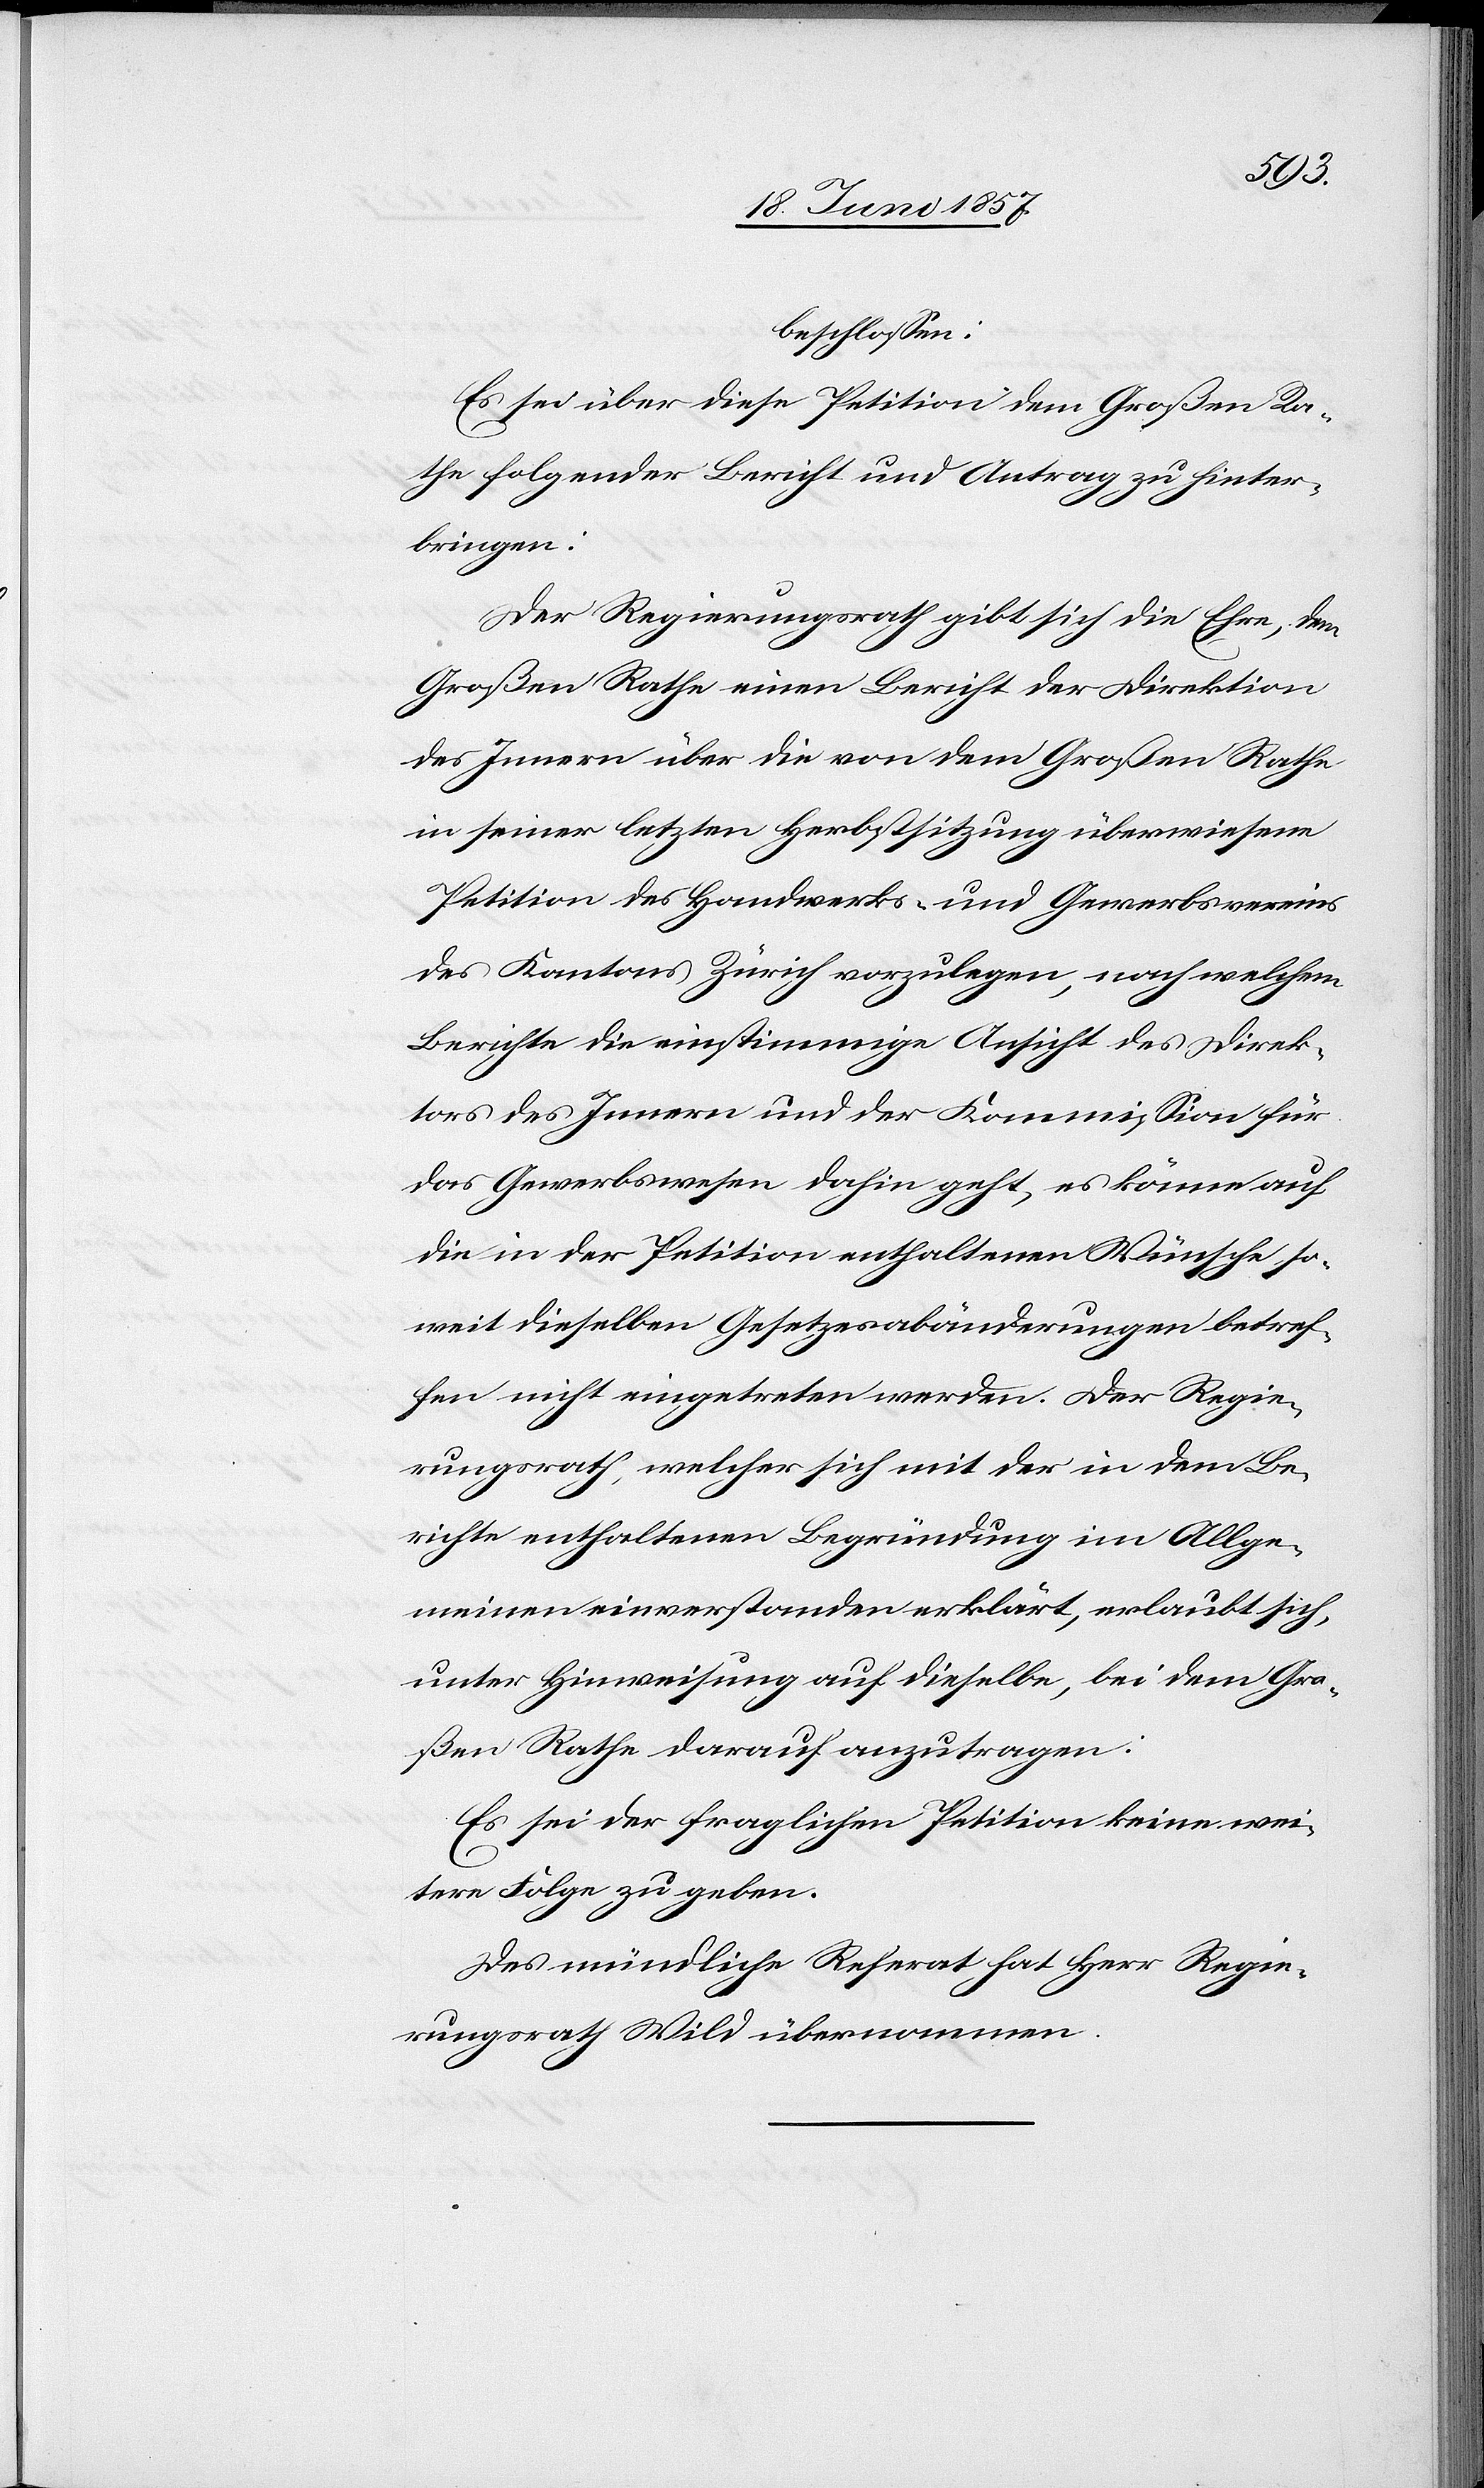
beschlossen:
Es sei über diese Petition dem Großen Ra¬
the folgender Bericht und Antrag zu hinter¬
bringen:
Der Regierungsrath gibt sich die Ehre, dem
Großen Rathe einen Bericht der Direktion
des Innern über die von dem Großen Rathe
in seiner letzten Herbstsitzung überwiesene
Petition des Handwerks- und Gewerbsvereins
des Kantons Zürich vorzulegen, nach welchem
Berichte die einstimmige Ansicht der Direk¬
tion des Innern und der Kommission für
die Gewerbswesen dahin geht, es könne auf
die in der Petition enthaltenen Wünsche so¬
weit dieselben Gesetzesabänderungen betref¬
fen nicht eingetreten werden. Der Regie¬
rungsrath, welcher sich mit der in dem Be¬
richte enthaltenen Begründung im Allge¬
meinen einverstanden erklärt, erlaubt sich,
unter Hinweisung auf dieselbe, bei dem Gro¬
ßen Rathe darauf anzutragen:
Es sei der fraglichen Petition keine wei¬
tere Folge zu geben.
Das mündliche Referat hat Herr Regie¬
rungsrath Wild übernommen.